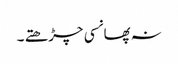
نہ پھانسی چڑھتے ۔